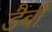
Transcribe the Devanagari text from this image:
डैबी